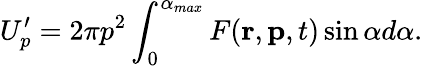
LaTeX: U_{p}^{\prime}=2\pi p^{2}\int_{0}^{\alpha_{max}}F(\mathbf{r},\mathbf{p},t)\sin{\alpha}d\alpha.